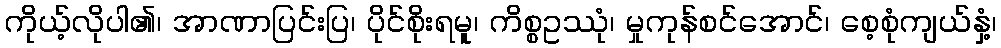
ကိုယ့်လိုပါ၏၊ အာဏာပြင်းပြ၊ ပိုင်စိုးရမူ၊ ကိစ္စဥဿုံ၊ မှုကုန်စင်အောင်၊ စေ့စုံကျယ်နှံ့၊